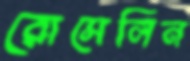
রোসেলিন